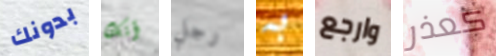
بدونك أنك رجل به وارجع كعذر